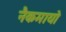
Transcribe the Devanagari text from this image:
नैकमायो